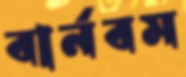
বার্নবম